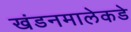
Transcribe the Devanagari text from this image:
खंडनमालेकडे